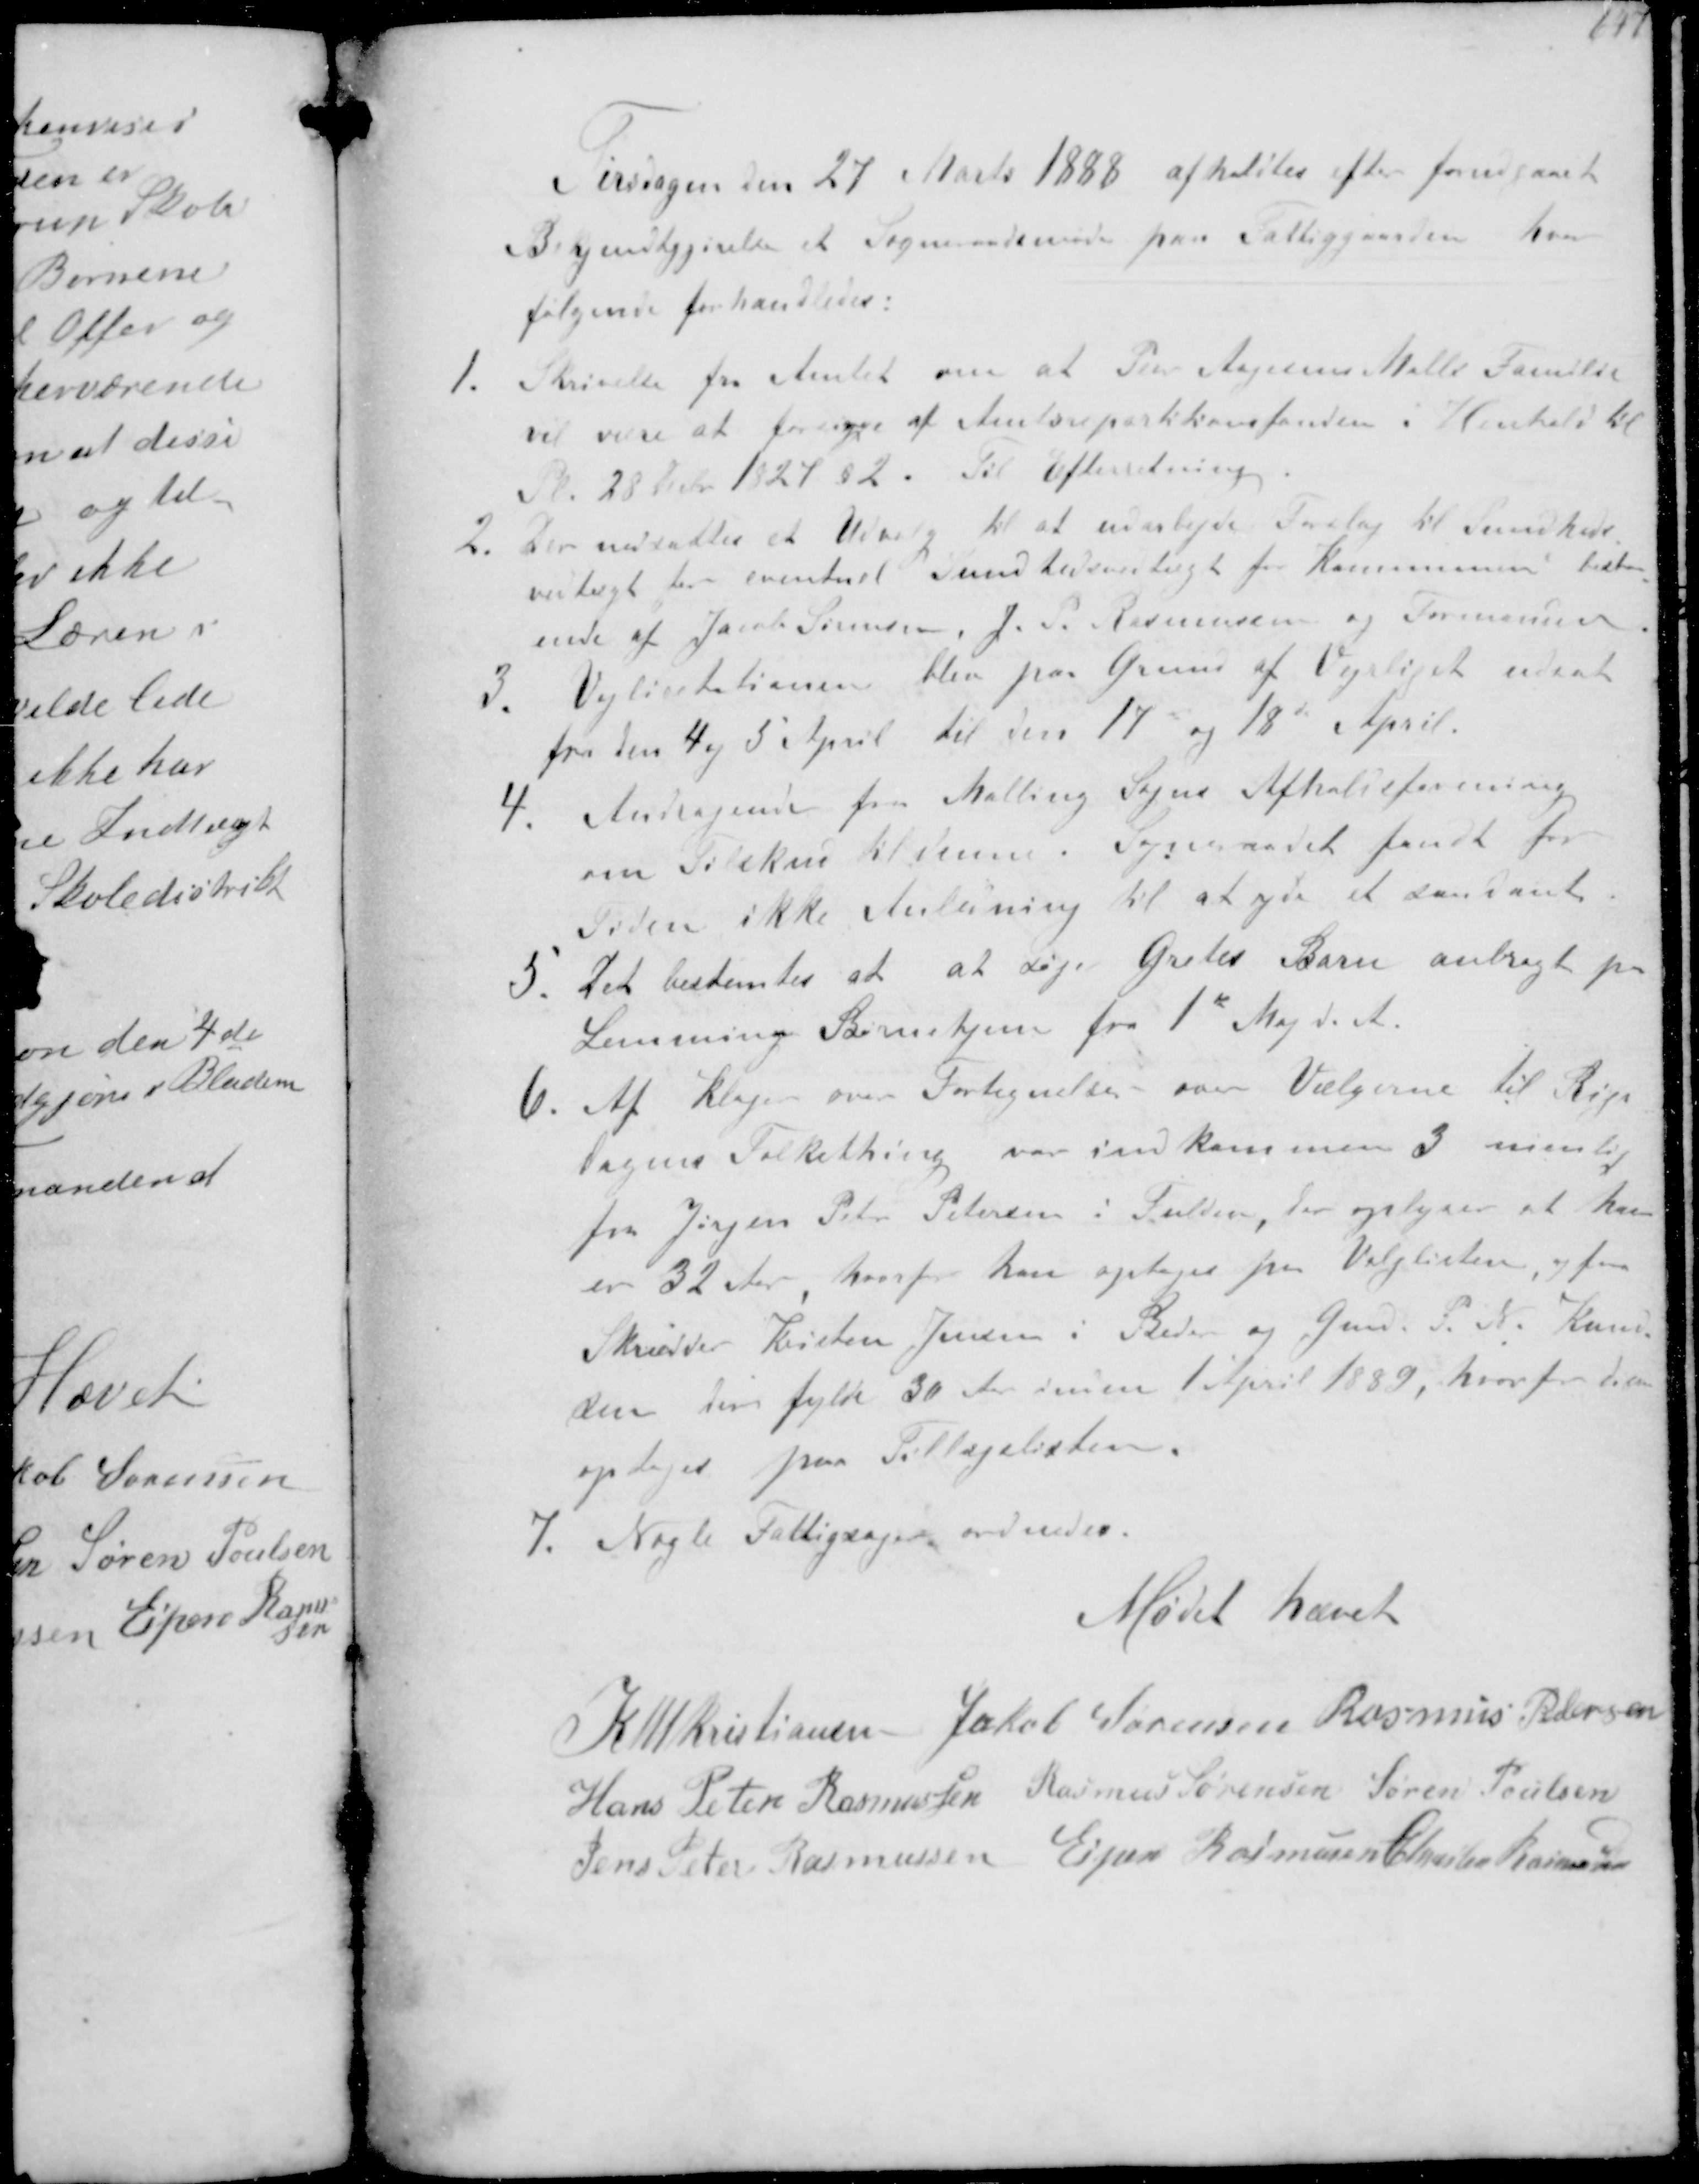
Transskription:
Tirsdagen den 27 Marts 1888 afholdtes efter forudgaaet
Bekjendtgjørelse et Sogneraadsmøde paa Fattiggaarden hvor
Følgende forhandledes
1. Skrivelse fra Amtet om at Per Aagesen Mølle Familie
vil være at forsørges af Amtsrepartitionsfonden i Henhold til
Pl 28 Dcbr 1929 §2. Til Efterretning
2. Der nedsattes et Udvalg til at udarbejde Forslag til Sundheds-
vedtægt for eventuel Sundhedsvedtægt for Kommunen bestaa-
ende af Jacob Sørensen, J. P. Rasmussen og Formanden
3. Vejlicitationen blev paa Grund af Vejrliget udsat
fra den 4 og 5 April til den 17 og 18 April
4. Andragende fra Malling Sogns Afholdsforening
om Tilskud til denne Sogneraadet fandt for
Tiden ikke Anledning til at yde et saadant
5. Det bestemtes at at søge Gretes Barn anbragt paa
Lemming Børnehjem fra 1 Maj d. A.
6. Af Klage over Fortegnelse over Vælgerne til Rigs-
dagens Folkething var inddkommen 3 nemlig
fra Jørgen Peter Petersen i Fulden, der oplyser at han
er 32 Aar, hvorfor han optages på Valglisten, og fra
Skrædder Kristen Jensen i Beder og Gmd P. N. Knud-
sen der fylde 30 Aar inden 1 April 1889, hvorfor han
optages paa Tillægslisten.
7. Nogle Fattigsager ordnedes.
Mødet hævet
K N M Kristiansen Jakob Sørensen Rasmus Pedersen
Hans Peter Rasmussen Rasmus Sørensen Søren Poulsen
Jens Peter Rasmussen Espen Rasmussen Christen Rasmussen